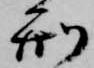
刑